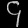
Digit: ၄